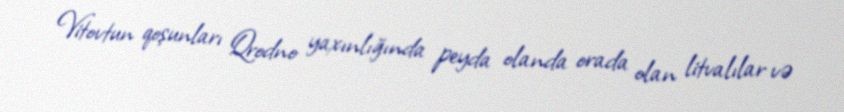
Vitovtun qoşunları Qrodno yaxınlığında peyda olanda orada olan litvalılar və